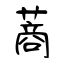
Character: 蔏